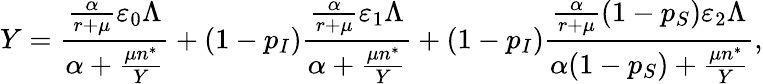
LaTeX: Y=\frac{\frac{\alpha}{r+\mu}\varepsilon_{0}\Lambda}{\alpha+\frac{\mu n^{*}}{Y}}+(1-p_{I})\frac{\frac{\alpha}{r+\mu}\varepsilon_{1}\Lambda}{\alpha+\frac{\mu n^{*}}{Y}}+(1-p_{I})\frac{\frac{\alpha}{r+\mu}(1-p_{S})\varepsilon_{2}\Lambda}{\alpha(1-p_{S})+\frac{\mu n^{*}}{Y}},